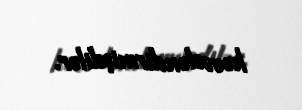
həvəsləndirmişdilər.